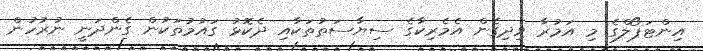
އިންޓަޕޯލްގެ މި އަމުރާ ވިދިގެން އެމެރިކާގެ ސިޔާސަތުތަކާއި ދެކޮޅު ގައުމުތަކުން ގެންދަނީ ނުރުހުން